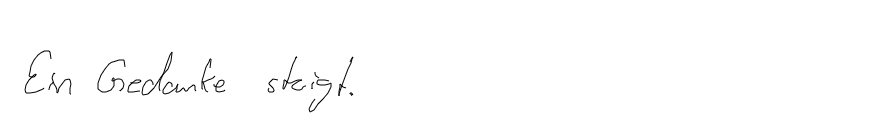
Ein Gedanke steigt.